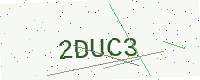
Text: 2DUC3